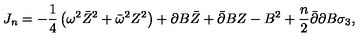
J _ { n } = - \frac 1 4 \left( \omega ^ { 2 } \bar { Z } ^ { 2 } + \bar { \omega } ^ { 2 } Z ^ { 2 } \right) + \partial B \bar { Z } + \bar { \partial } B Z - B ^ { 2 } + \frac n 2 \bar { \partial } \partial B \sigma _ { 3 } ,